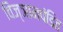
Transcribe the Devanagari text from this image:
विज्ञानपंडित